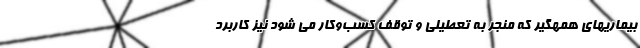
بیماریهای همهگیر که منجر به تعطیلی و توقف کسب‌وکار می شود نیز کاربرد